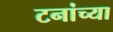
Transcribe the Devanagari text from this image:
टनांच्या